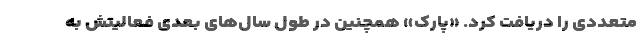
متعددی را دریافت کرد. «پارک» همچنین در طول سال‌های بعدی فعالیتش به